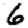
Digit: 6